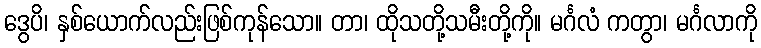
ဒွေပိ၊ နှစ်ယောက်လည်းဖြစ်ကုန်သော။ တာ၊ ထိုသတို့သမီးတို့ကို။ မင်္ဂလံ ကတွာ၊ မင်္ဂလာကို